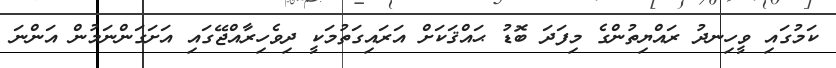
ކަމުގައި ވީހިނދު ރައްޔިތުންގެ މިފަދަ ބޮޑު ޙައްޤަކަށް އަރައިގަތުމަކީ ދިވެހިރާއްޖޭގައި އަށަގަންނަމުން އަންނަ